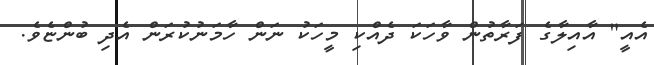
އެއީ" އާއިލާގެ ފަރާތުން ވާހަކަ ދެއްކި މީހަކު ނަން ހާމަނުކުރަން އެދި ބުންޏެވެ.